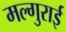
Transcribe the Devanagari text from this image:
मल्गुराई